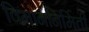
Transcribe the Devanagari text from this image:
विमाननिर्मिती